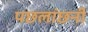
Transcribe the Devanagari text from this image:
पछलांछनी